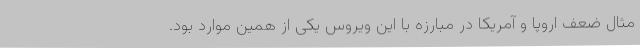
مثال ضعف اروپا و آمریکا در مبارزه با این ویروس یکی از همین موارد بود.